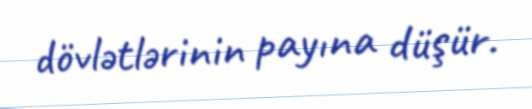
dövlətlərinin payına düşür.